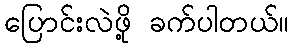
ပြောင်းလဲဖို့ ခက်ပါတယ်။